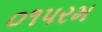
૦૧પરમ